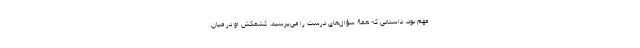
مهم بود، داستانی که همۀ سؤال‌های درست را می‌پرسید. کشمکش او در میان